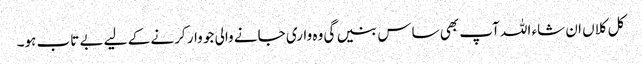
کل کلاں ان شاء اللہ آپ بھی ساس بنیں گی وہ واری جانے والی جو وار کرنے کے لیے بے تاب ہو۔